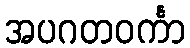
အပဂတဝင်္ကာ